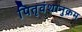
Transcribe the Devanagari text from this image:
पितृवंशानुक्रम